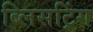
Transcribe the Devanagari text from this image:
ब्लिसट्रिंग